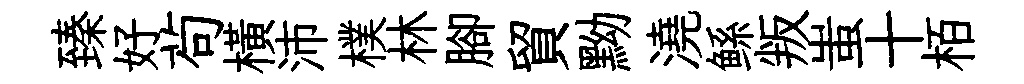
臻好茍橫沛樸林腳貿黝澆鲧叛蚩十栢